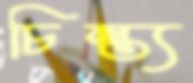
চিন্ত্য